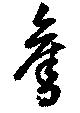
奪